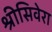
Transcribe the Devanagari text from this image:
श्रीसिवेरा